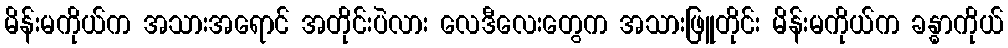
မိန်းမကိုယ်က အသားအရောင် အတိုင်းပဲလား လေဒီလေးတွေက အသားဖြူတိုင်း မိန်းမကိုယ်က ခန္ဓာကိုယ်